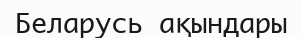
Беларусь ақындары